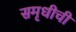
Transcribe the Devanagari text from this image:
समृधीची